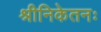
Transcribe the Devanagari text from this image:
श्रीनिकेतनः